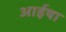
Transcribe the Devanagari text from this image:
आईषा